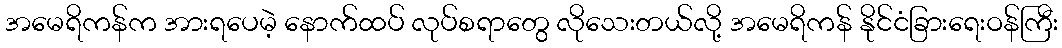
အမေရိကန်က အားရပေမဲ့ နောက်ထပ် လုပ်စရာတွေ လိုသေးတယ်လို့ အမေရိကန် နိုင်ငံခြားရေးဝန်ကြီး